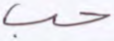
حب